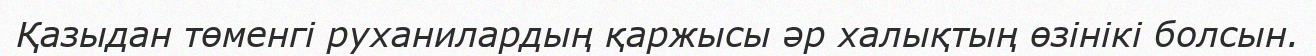
Қазыдан төменгі руханилардың қаржысы әр халықтың өзінікі болсын.